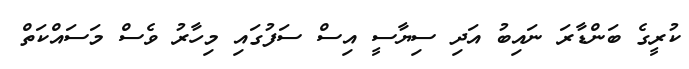
ކުރީގެ ބަންޑާރަ ނައިބު އަދި ސިޔާސީ އިސް ސަފުގައި މިހާރު ވެސް މަސައްކަތް